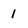
Character: 1